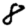
Digit: 8